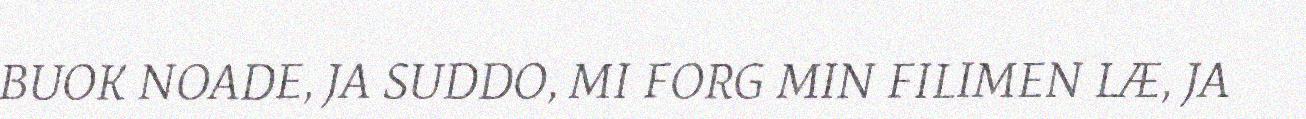
BUOK NOADE, JA SUDDO, MI FORG MIN FILIMEN LÆ, JA